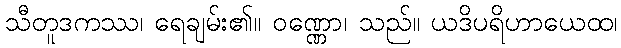
သီတူဒကဿ၊ ရေချမ်း၏။ ဝဏ္ဏော၊ သည်။ ယဒိပရိဟာယေထ၊